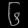
Digit: ၆